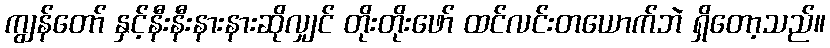
ကျွန်တော် နှင့်နီးနီးနားနားဆိုလျှင် တိုးတိုးဖော် ထင်လင်းတယောက်ဘဲ ရှိတော့သည်။